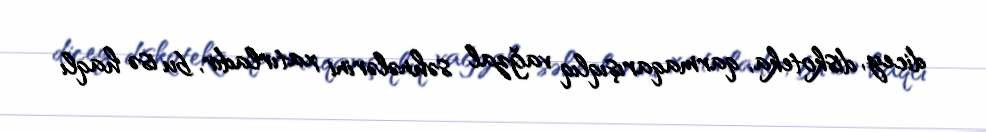
dicey, diskoteka, qarmaqarışıqlıq vağzal səhnələrini xatırladır, bu isə haqlı